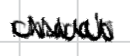
Text: church
Cross-out: zig-zag
Writing tool: digital_black